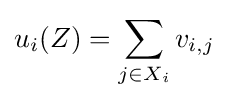
u_{i}(Z)=\sum _{j\in X_{i}}v_{i,j}